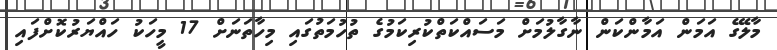
މާލޭގެ އަމަން އަމާންކަން ނާގާލުމަށް މަސައްކަތްކުރިކަމުގެ ތުހުމަތުގައި މިހާތަނަށް 17 މީހަކު ހައްޔަރުކޮށްފައި